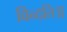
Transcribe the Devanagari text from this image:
विन्दति॥